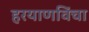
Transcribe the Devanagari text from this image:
हरयाणविंचा